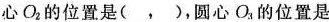
心O_{2}的位置是( ， )，圆心O_{3}的位置是